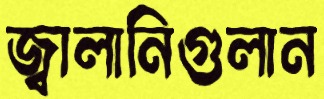
জ্বালানিগুলান